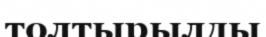
толтырылды